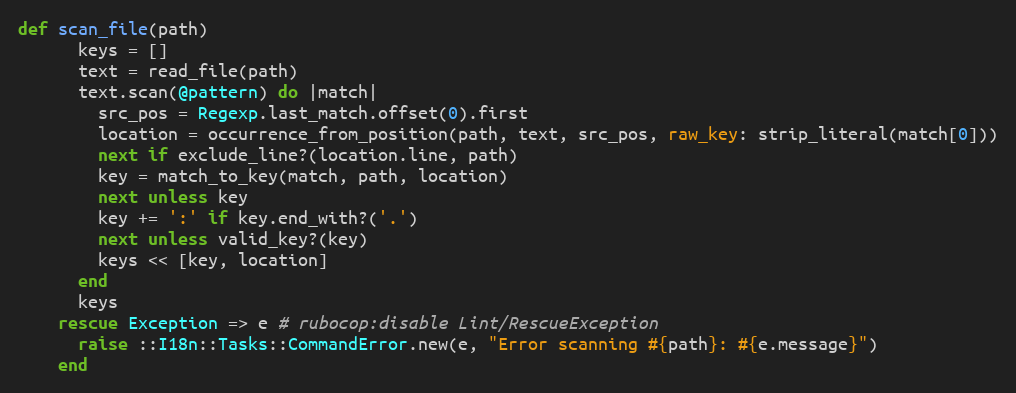
Language: Ruby
def scan_file(path)
      keys = []
      text = read_file(path)
      text.scan(@pattern) do |match|
        src_pos = Regexp.last_match.offset(0).first
        location = occurrence_from_position(path, text, src_pos, raw_key: strip_literal(match[0]))
        next if exclude_line?(location.line, path)
        key = match_to_key(match, path, location)
        next unless key
        key += ':' if key.end_with?('.')
        next unless valid_key?(key)
        keys << [key, location]
      end
      keys
    rescue Exception => e # rubocop:disable Lint/RescueException
      raise ::I18n::Tasks::CommandError.new(e, "Error scanning #{path}: #{e.message}")
    end